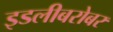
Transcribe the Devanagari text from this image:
इडलीबरोबर